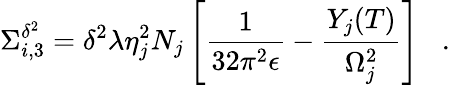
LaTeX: \Sigma_{i,3}^{\delta^{2}}=\delta^{2}\lambda\eta_{j}^{2}N_{j}\left[\frac{1}{32\pi^{2}\epsilon}-\frac{Y_{j}(T)}{\Omega_{j}^{2}}\right]\; \; \; .